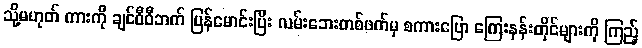
သို့မဟုတ် ကားကို ချင်ဝီဝီဘက် ပြန်မောင်းပြီး လမ်းဘေးတစ်ဖက်မှ စကားပြော ကြေးနန်းတိုင်များကို ကြည့်